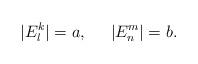
LaTeX: \begin{align*}|E ^{k}_{l}|=a, \;\;\;\;\; |E ^{m}_{n}|=b.\end{align*}